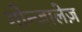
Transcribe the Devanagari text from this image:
गोन्ज़ालेज़